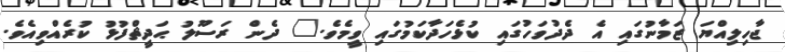
ޖާހިލިއްޔަ ޒަމާނުގައި އެ ދެދުވަހުގައި ކުޅެހަދާކަމުގައި ވީމެވެ." ދެން ރަސޫލު ޙަދީޘްފުޅު ކުރެއްވިއެވެ.